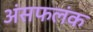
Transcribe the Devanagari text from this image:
अंसफलंक